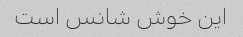
این خوش شانس است